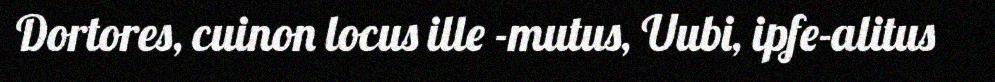
Dortores, cuinon locus ille -mutus, Uubi, ipfe-alitus